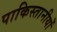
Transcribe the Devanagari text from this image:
पाकिस्तानीयों